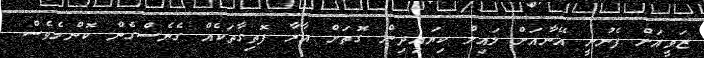
ޒަވީއަށް ފެނުނީ އޭނާއަށް ލައިލް ކިޔައިދިން ގޮތަށް އާރާ ފޮތިގާތަކެއް ގެނެސްގެން ކޮންމެވެސް